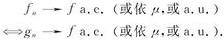
$\Leftrightarrow f_{n} \to f$ a.e. 或依 $\mu$，或 a.u.